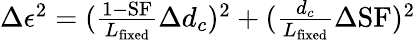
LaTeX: \begin{array}{r}{\Delta\epsilon^{2}=(\frac{1-\mathrm{SF}}{L_{\mathrm{fixed}}}\Delta d_{c})^{2}+(\frac{d_{c}}{L_{\mathrm{fixed}}}\Delta\mathrm{SF})^{2}}\end{array}